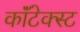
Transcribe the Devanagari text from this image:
कॉंटेक्स्ट